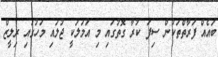
ބައެއް ފަރާތްތަކުން ސިފަ ކުރާ ގޮތުގައި މި އަމަލަކީ ޖުލައި މަހުގައި ރިލީޒް